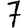
Digit: 7